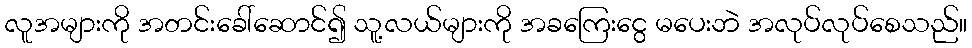
လူအများကို အတင်းခေါ်ဆောင်၍ သူ့လယ်များကို အခကြေးငွေ မပေးဘဲ အလုပ်လုပ်စေသည်။